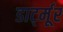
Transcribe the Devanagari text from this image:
डार्ट्मूर